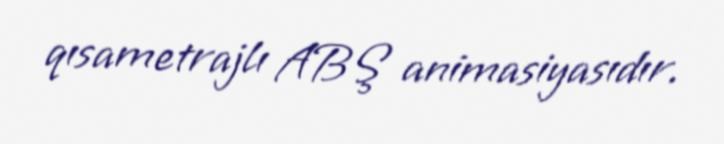
qısametrajlı ABŞ animasiyasıdır.